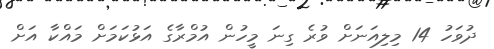
ދުވަހު 14 މިލިއަނަށް ވުރެ ގިނަ މީހުން އުމްރާގެ އަޅުކަމަށް މައްކާ އަށް